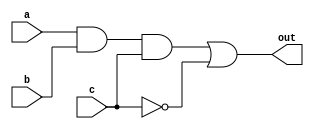
module Combination(a,b,c,out);
	input a,b,c;
	output out;
	wire out,w1,w2;
	and (w1,a,b,c);
	not (w2,c);
	or (out,w1,w2);
endmodule